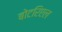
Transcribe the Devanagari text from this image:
बोटरिएल